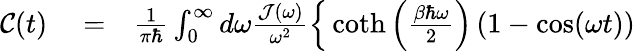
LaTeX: \begin{array}{rlr}{{\mathcal C}(t)}&{{}=}&{\frac{1}{\pi\hbar}\int_{0}^{\infty}d\omega\frac{{\mathcal J}(\omega)}{\omega^{2}}\Big\{ \coth\left(\frac{\beta\hbar\omega}{2}\right)\left(1-\cos(\omega t)\right)}\end{array}